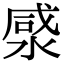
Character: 𭱡